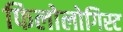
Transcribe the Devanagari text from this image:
फिलोलोगिस्ट